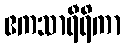
ဧကသာရီရိကာ